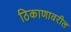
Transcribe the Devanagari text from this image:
ठिकाणावरील